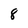
Character: 8